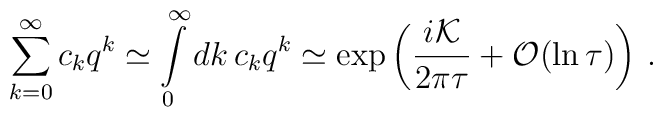
\sum\limits_{k=0}^{\infty }c_{k}q^{k}\simeq \int\limits_{0}^{\infty}dk\,c_{k}q^{k}\simeq \exp \left( \frac{i{\cal K}}{2\pi \tau }+{\cal O}(\ln\tau )\right) \,.